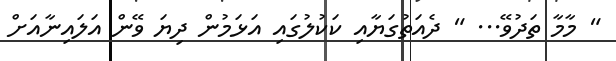
" މާމާ ތަދުވޭ... " ދެއަތުގަޔާއި ކަކުލުގައި އަޅަމުން ދިޔަ ވޭން އަލައިނާއަށް